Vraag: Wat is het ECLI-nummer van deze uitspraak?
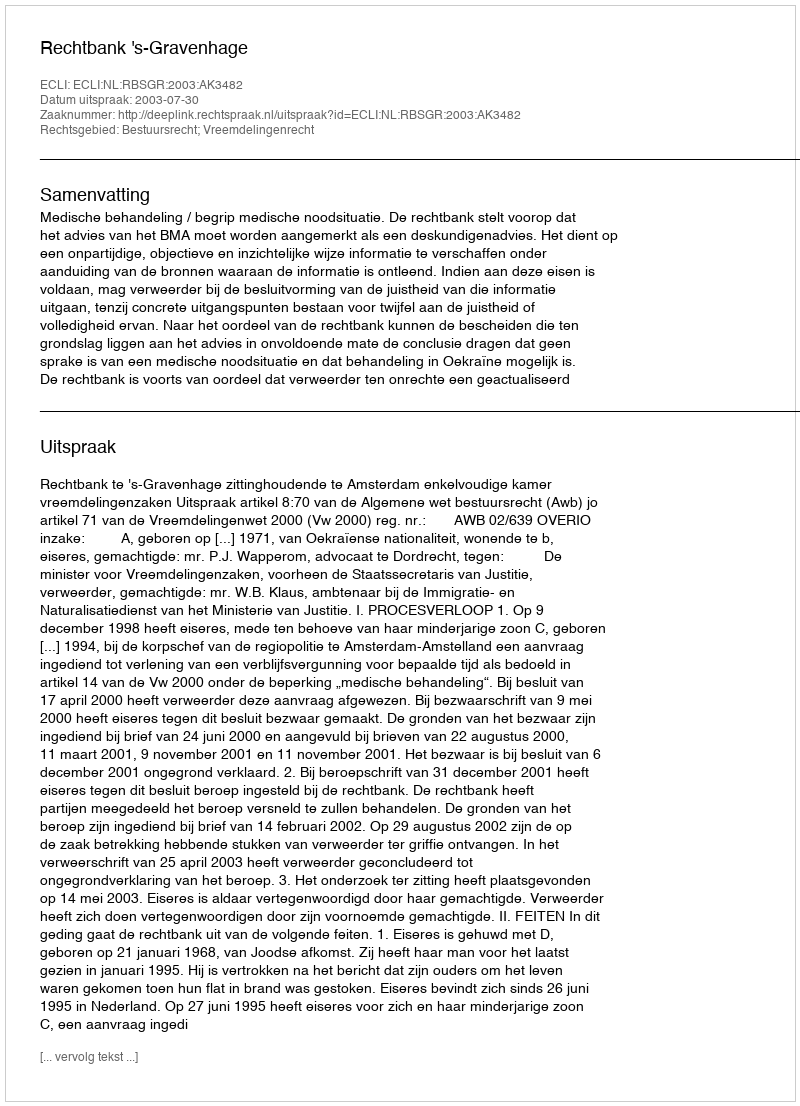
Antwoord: ECLI:NL:RBSGR:2003:AK3482